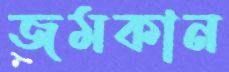
জমকান